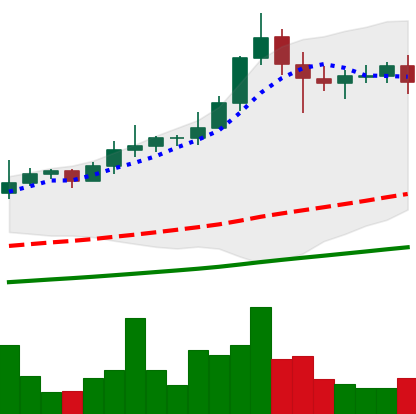
Ticker: XLM-USD
Chart end date: 2021-02-20
Forward return: -21.872%
Label: down_7plus